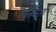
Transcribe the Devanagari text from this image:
चित्रकार्य